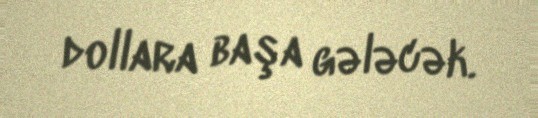
dollara başa gələcək.